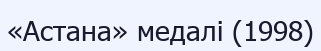
«Астана» медалі (1998)